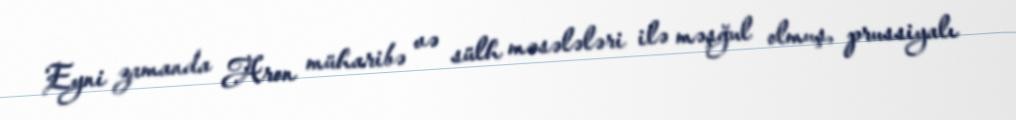
Eyni zamanda Aron müharibə və sülh məsələləri ilə məşğul olmuş, prussiyalı